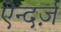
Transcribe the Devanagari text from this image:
ऐन्दर्ज़